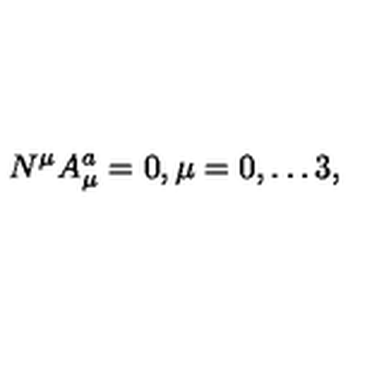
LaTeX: N ^ { \mu } A _ { \mu } ^ { a } = 0 , \mu = 0 , \dots 3 ,